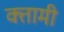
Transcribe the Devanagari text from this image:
क्तामी